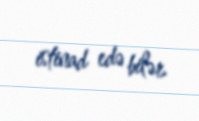
istinad edə bilər.